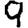
Digit: 9